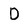
Character: D